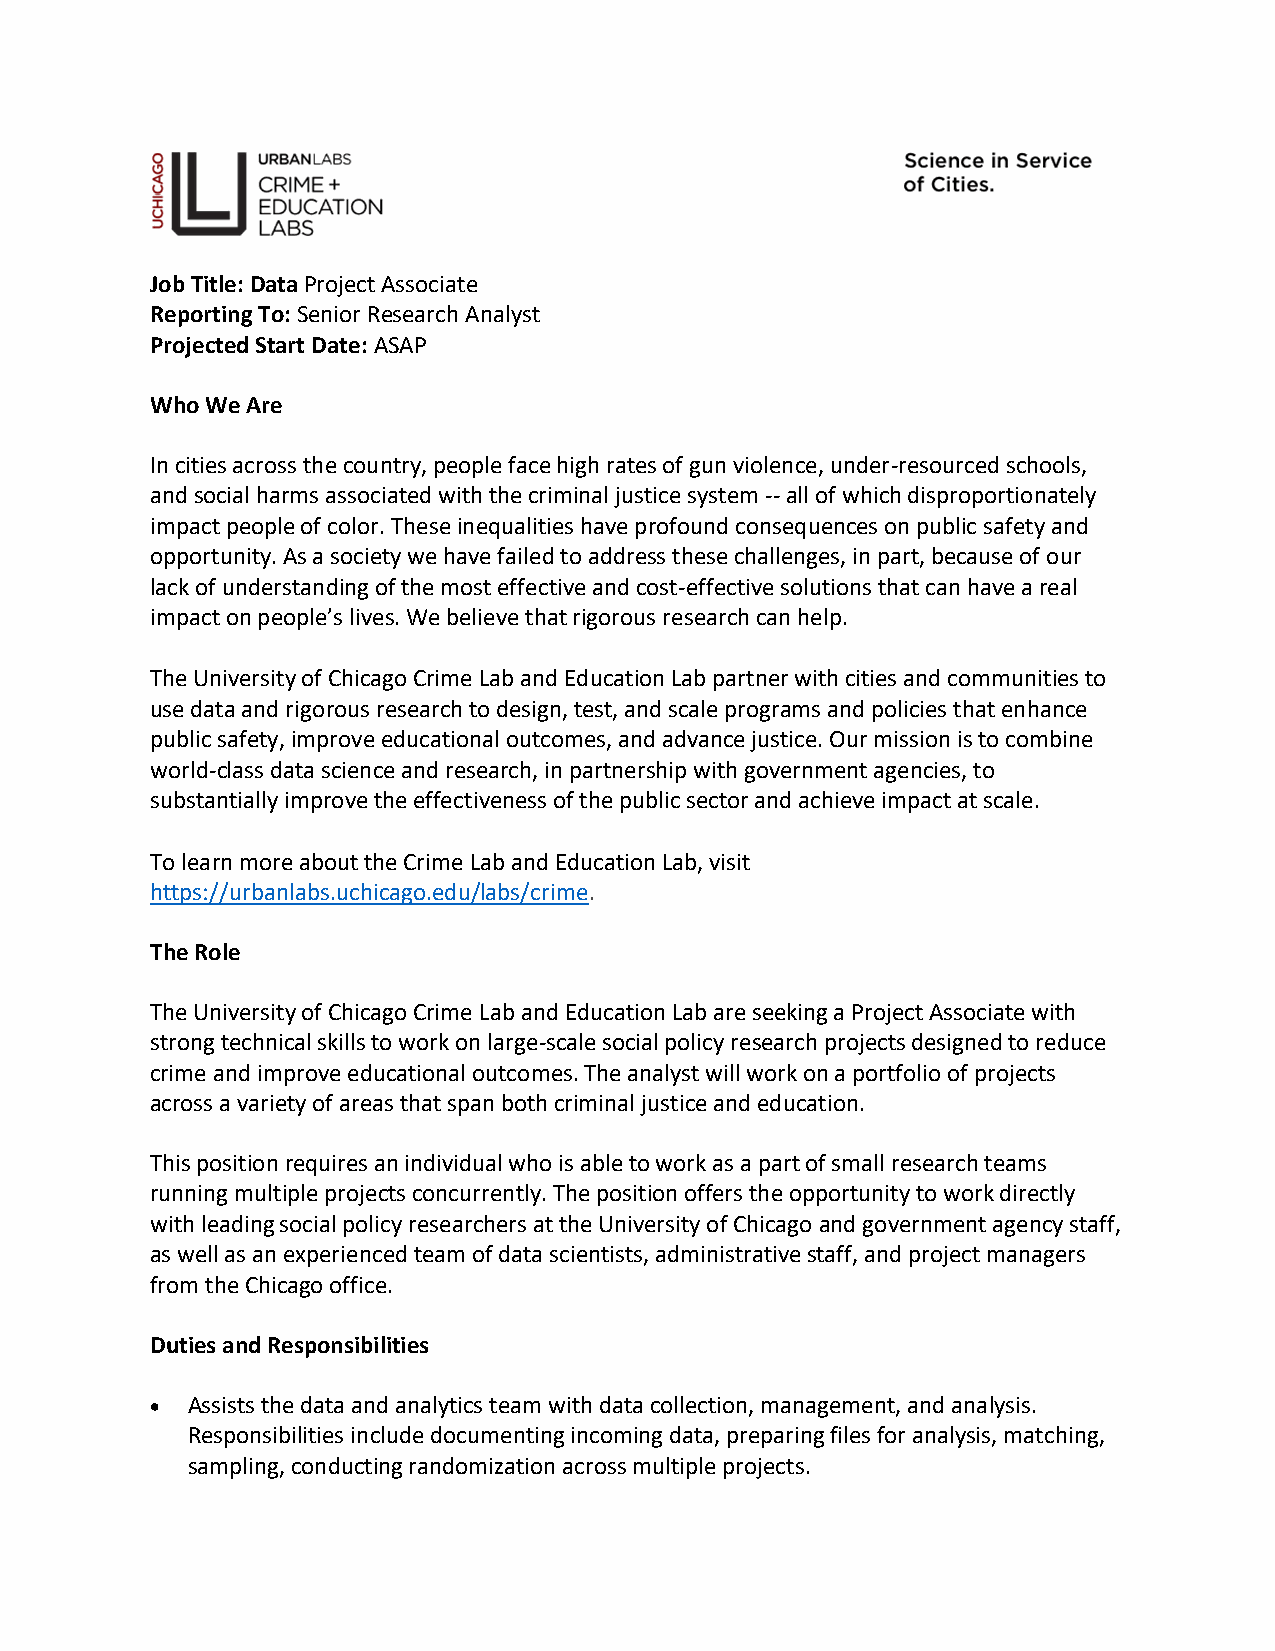
Job Title: Data Project Associate
 Reporting To: Senior Research Analyst
 Projected Start Date: ASAP
 Who We Are
 In cities across the country, people face high rates of gun violence, under-resourced schools,
 and social harms associated with the criminal justice system -- all of which disproportionately
 impact people of color. These inequalities have profound consequences on public safety and
 opportunity. As a society we have failed to address these challenges, in part, because of our
 lack of understanding of the most effective and cost-effective solutions that can have a real
 impact on people’s lives. We believe that rigorous research can help.
 The University of Chicago Crime Lab and Education Lab partner with cities and communities to
 use data and rigorous research to design, test, and scale programs and policies that enhance
 public safety, improve educational outcomes, and advance justice. Our mission is to combine
 world-class data science and research, in partnership with government agencies, to
 substantially improve the effectiveness of the public sector and achieve impact at scale.
 To learn more about the Crime Lab and Education Lab, visit
 https://urbanlabs.uchicago.edu/labs/crime.
 The Role
 The University of Chicago Crime Lab and Education Lab are seeking a Project Associate with
 strong technical skills to work on large-scale social policy research projects designed to reduce
 crime and improve educational outcomes. The analyst will work on a portfolio of projects
 across a variety of areas that span both criminal justice and education.
 This position requires an individual who is able to work as a part of small research teams
 running multiple projects concurrently. The position offers the opportunity to work directly
 with leading social policy researchers at the University of Chicago and government agency staff,
 as well as an experienced team of data scientists, administrative staff, and project managers
 from the Chicago office.
 Duties and Responsibilities
 • Assists the data and analytics team with data collection, management, and analysis.
 Responsibilities include documenting incoming data, preparing files for analysis, matching,
 sampling, conducting randomization across multiple projects.